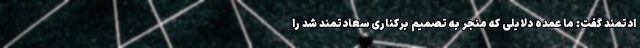
ادتمند گفت: ما عمده دلایلی که منجر به تصمیم برکناری سعادتمند شد را